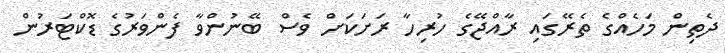
ދެތިން މަހެއްގެ ތެރޭގައި ރާއްޖޭގެ ހުރިހާ ރަށަކަށް ވެސް ބޭނުންވާ ފެންވަރުގެ ޑޮކްޓަރުން